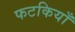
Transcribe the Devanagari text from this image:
फटकियाँ